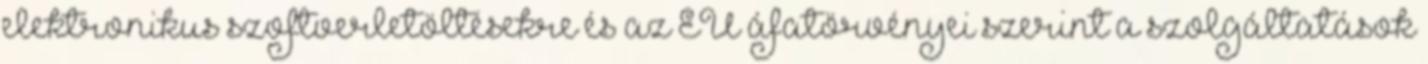
elektronikus szoftverletöltésekre és az EU áfatörvényei szerint a szolgáltatások